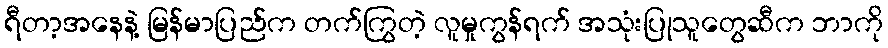
ရီတာ့အနေနဲ့ မြန်မာပြည်က တက်ကြွတဲ့ လူမှုကွန်ရက် အသုံးပြုသူတွေဆီက ဘာကို